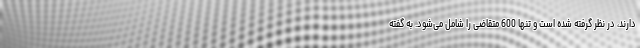
دارند، در نظر گرفته شده است و تنها 600 متقاضی را شامل می‌شود. به گفته